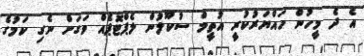
އެ ދެ މީހުން ހައްޔަރުކުރީ އުތީމް ސުކޫލުން ލެޕްޓޮޕެއް ވަގަށް ނެގި ކަމުގެ